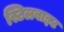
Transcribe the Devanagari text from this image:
स्टिलबाइट